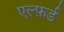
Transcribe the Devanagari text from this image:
एल्फ़र्ड